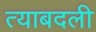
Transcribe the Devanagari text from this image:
त्याबदली